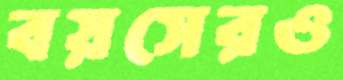
বয়সেরও